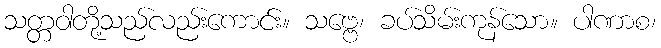
သတ္တဝါတို့သည်လည်းကောင်း။ သဗ္ဗေ၊ ခပ်သိမ်းကုန်သော။ ပါဏာစ၊